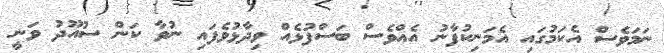
ނަަމަވެސް އެކަމުގައި އެމަނިކުފާނު އެއްވެސް ބަސްފުޅެއް ވިދާޅުވެފައި ނުވާ ކަން ސުއޫދު ވަނީ